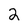
Character: 2